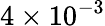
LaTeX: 4\times 10^{-3}